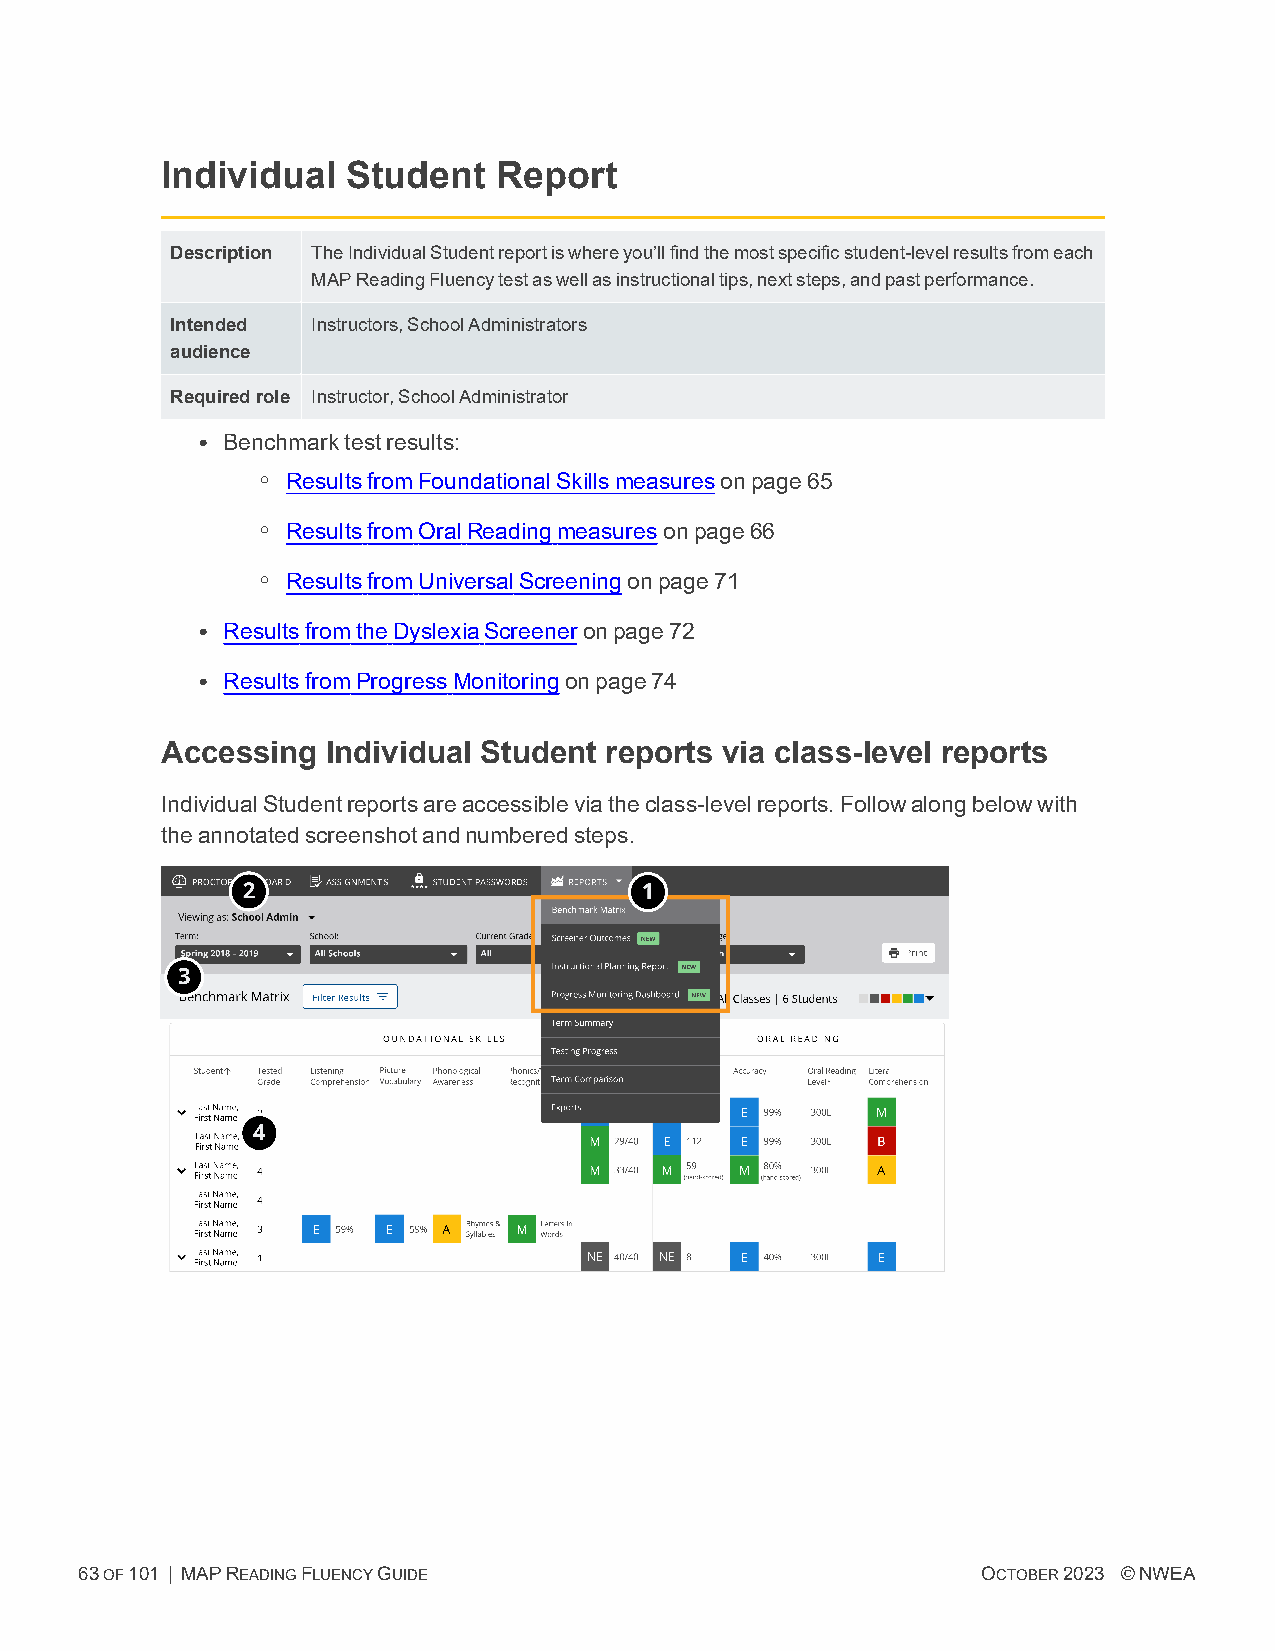
Individual  Student   Report
 Description TheIndividualStudentreportiswhereyou’llfindthemostspecificstudent-levelresultsfromeach
 MAPReadingFluencytestaswellasinstructionaltips,nextsteps,andpastperformance.
 Intended  Instructors,SchoolAdministrators
 audience
 Requiredrole Instructor,SchoolAdministrator
 l Benchmarktestresults:
 o ResultsfromFoundationalSkillsmeasuresonpage65
 o ResultsfromOralReadingmeasuresonpage66
 o ResultsfromUniversalScreeningonpage71
 l ResultsfromtheDyslexiaScreeneronpage72
 l ResultsfromProgressMonitoringonpage74
 Accessing  Individual Student reports via class-level reports
 IndividualStudentreportsareaccessibleviatheclass-levelreports.Followalongbelowwith
 theannotatedscreenshotandnumberedsteps.
 63OF101 | MAPREADINGFLUENCYGUIDE                            OCTOBER2023 ©NWEA